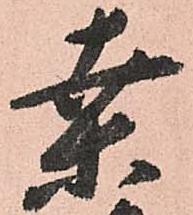
桒